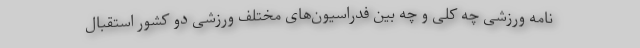
نامه ورزشی چه کلی و چه بین فدراسیون‌های مختلف ورزشی دو کشور استقبال